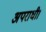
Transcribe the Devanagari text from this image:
अपराधी।